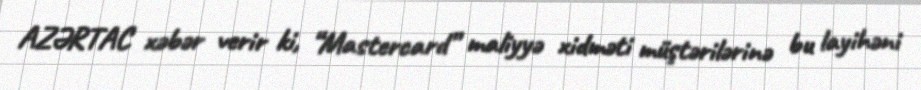
AZƏRTAC xəbər verir ki, “Mastercard” maliyyə xidməti müştərilərinə bu layihəni